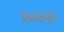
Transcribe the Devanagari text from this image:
शाहनृप